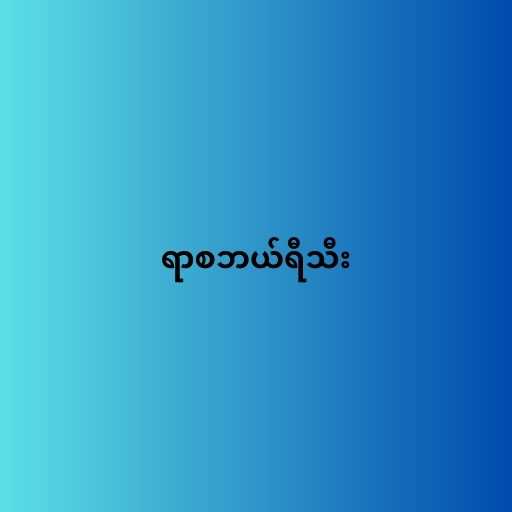
ရာစဘယ်ရီသီး